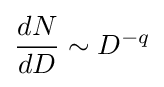
{\frac {dN}{dD}}\sim D^{-q}